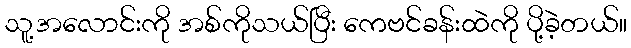
သူ့အလောင်းကို အစ်ကိုသယ်ပြီး ကေဗင်ခန်းထဲကို ပို့ခဲ့တယ်။